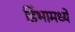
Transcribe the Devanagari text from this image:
डिंभामध्ये